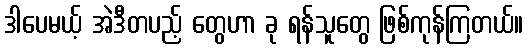
ဒါပေမယ့် အဲဒီတပည့် တွေဟာ ခု ရန်သူတွေ ဖြစ်ကုန်ကြတယ်။